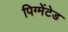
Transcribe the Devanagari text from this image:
पिग्मेंटेड